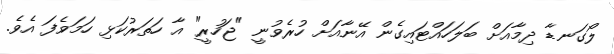
ލޯގަނޑާ ދިމާއަށް ބަލަހައްޓައިގެން އޭނާއަށް ހުރެވުނީ "ޖަހުރީ" އާ ހަތަރުކަޅި ހަމަވެފަ އެވެ.